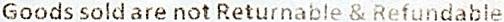
GOODS SOLD ARE NOT RETURNABLE & REFUNDABLE